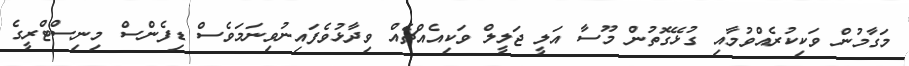
މަގާމުން ވަކިކުރެއްވުމާއި ގުޅޭގޮތުން މޫސާ އަލީ ޖަލީލް ވަކިއެއްޗެއް ވިދާޅުވެފައިނުވިނަމަވެސް ޑިފެންސް މިނިސްޓްރީގެ